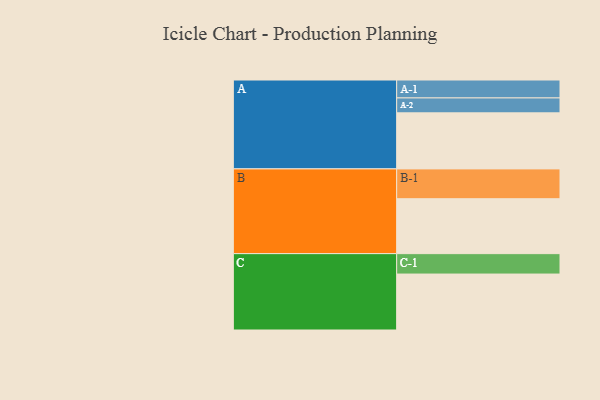
{"axis": {"x": "Segment", "y": "Value"}, "legend": ["", "A", "B", "C"], "data": [{"x": "A", "y": 541, "type": ""}, {"x": "B", "y": 530, "type": ""}, {"x": "C", "y": 540, "type": ""}, {"x": "A-1", "y": 173, "type": "A"}, {"x": "A-2", "y": 144, "type": "A"}, {"x": "B-1", "y": 288, "type": "B"}, {"x": "C-1", "y": 197, "type": "C"}]}